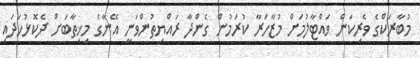
މުބާރަކްގެ ވެރިކަން ވައްޓާލުމަށް މުޒާހަރާ ކުރަމުން ގެންދާ ރައްޔިތުންވަނީ އޭނާގެ މިޚިތާބަށް ދެކޮޅުހަދައި